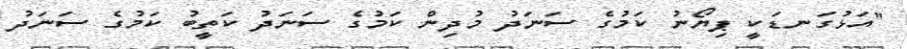
"އަޅުގަނޑަކީ ޕިޔޯނު ކަމުގެ ސަނަދު މުދިން ކަމުގެ ސަނަދު ކަތީބު ކަމުގެ ސަނަދު